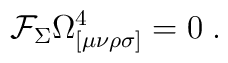
\mathcal{F}_{\Sigma }\Omega _{[\mu \nu \rho \sigma ]}^{4}=0\;.